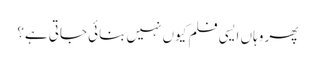
پھر وہاں ایسی فلم کیوں نہیں بنائی جاتی ہے؟